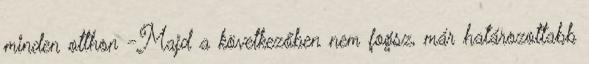
minden otthon -Majd a következőben nem fogsz, már határozottabb